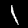
Digit: 1